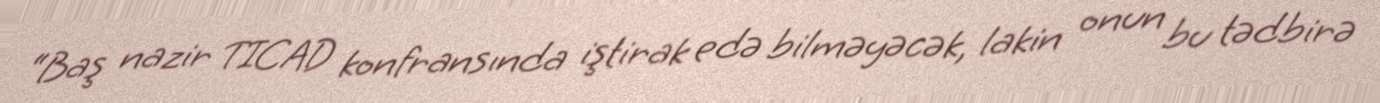
“Baş nazir TICAD konfransında iştirak edə bilməyəcək, lakin onun bu tədbirə